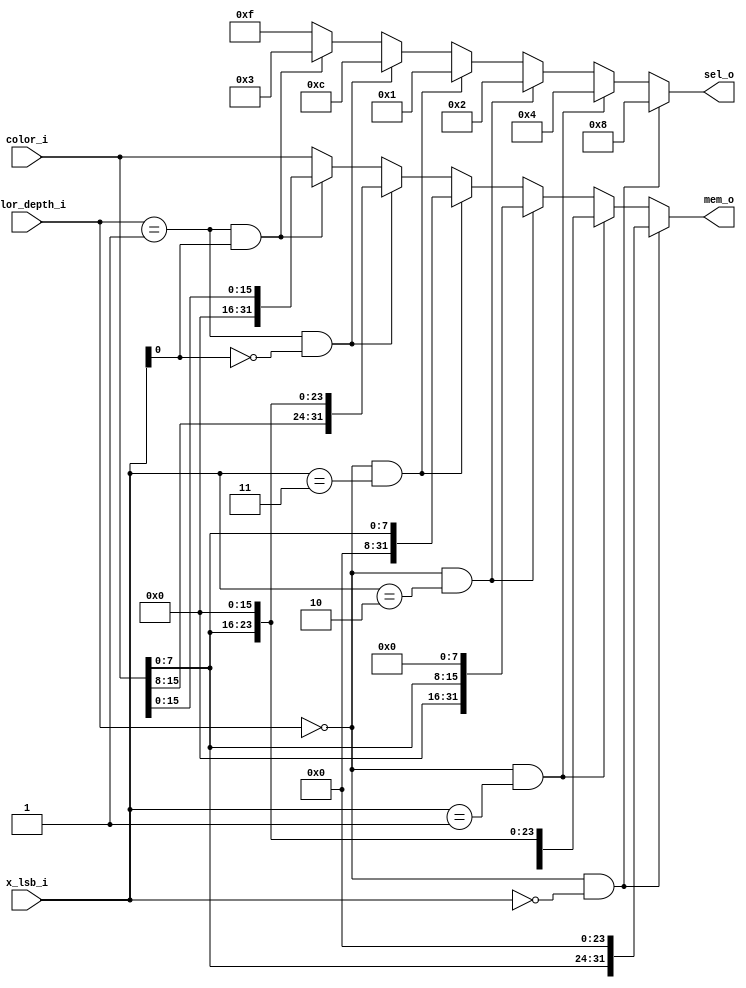
module color_to_memory(color_depth_i, color_i, x_lsb_i,
                       mem_o, sel_o);

input  [1:0]  color_depth_i;
input  [31:0] color_i;
input  [1:0]  x_lsb_i;
output [31:0] mem_o;
output [3:0]  sel_o;

assign sel_o = (color_depth_i == 2'b00) && (x_lsb_i == 2'b00) ? 4'b1000 : // 8-bit
               (color_depth_i == 2'b00) && (x_lsb_i == 2'b01) ? 4'b0100 : // 8-bit
               (color_depth_i == 2'b00) && (x_lsb_i == 2'b10) ? 4'b0010 : // 8-bit
               (color_depth_i == 2'b00) && (x_lsb_i == 2'b11) ? 4'b0001 : // 8-bit
               (color_depth_i == 2'b01) && (x_lsb_i[0] == 1'b0)  ? 4'b1100  : // 16-bit, high word
               (color_depth_i == 2'b01) && (x_lsb_i[0] == 1'b1)  ? 4'b0011  : // 16-bit, low word
               4'b1111; // 32-bit

assign mem_o = (color_depth_i == 2'b00) && (x_lsb_i == 2'b00) ? {color_i[7:0], 24'h000000} : // 8-bit
               (color_depth_i == 2'b00) && (x_lsb_i == 2'b01) ? {color_i[7:0], 16'h0000}   : // 8-bit
               (color_depth_i == 2'b00) && (x_lsb_i == 2'b10) ? {color_i[7:0], 8'h00}      : // 8-bit
               (color_depth_i == 2'b00) && (x_lsb_i == 2'b11) ? {color_i[7:0]}             : // 8-bit
               (color_depth_i == 2'b01) && (x_lsb_i[0] == 1'b0)  ? {color_i[15:0], 16'h0000}   : // 16-bit, high word
               (color_depth_i == 2'b01) && (x_lsb_i[0] == 1'b1)  ? {color_i[15:0]}             : // 16-bit, low word
               color_i; // 32-bit

endmodule